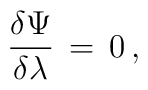
{\delta \Psi \over \delta \lambda}\, =\, 0\, ,